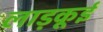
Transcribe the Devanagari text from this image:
लाड़कूई